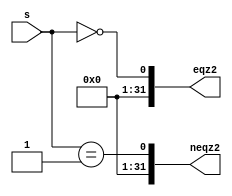
module EQZ4(eqz2,neqz2,s);
input [31:0]s;
output reg [31:0]eqz2,neqz2;
assign eqz2= s==0;
assign neqz2= s==1;
    


endmodule